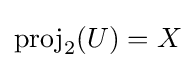
\mathrm {proj} _{2}(U)=X